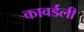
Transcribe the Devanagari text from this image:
कावर्डली